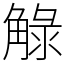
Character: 觮